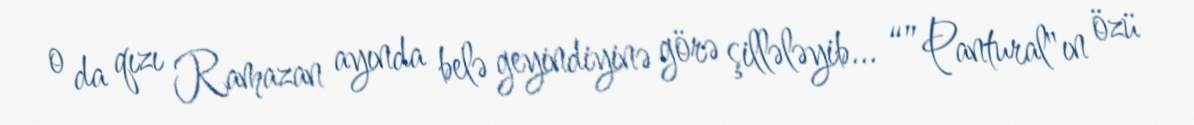
o da qızı Ramazan ayında belə geyindiyinə görə şillələyib... “”Pantural"ın özü